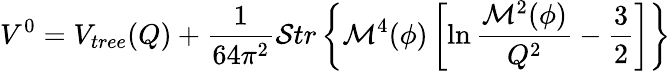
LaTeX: V^{0}=V_{tree}(Q)+\frac{1}{64\pi^{2}}{\cal S}tr\left\{ {\cal M}^{4}(\phi)\left[\ln\frac{{\cal M}^{2}(\phi)}{Q^{2}}-\frac{3}{2}\right]\right\}